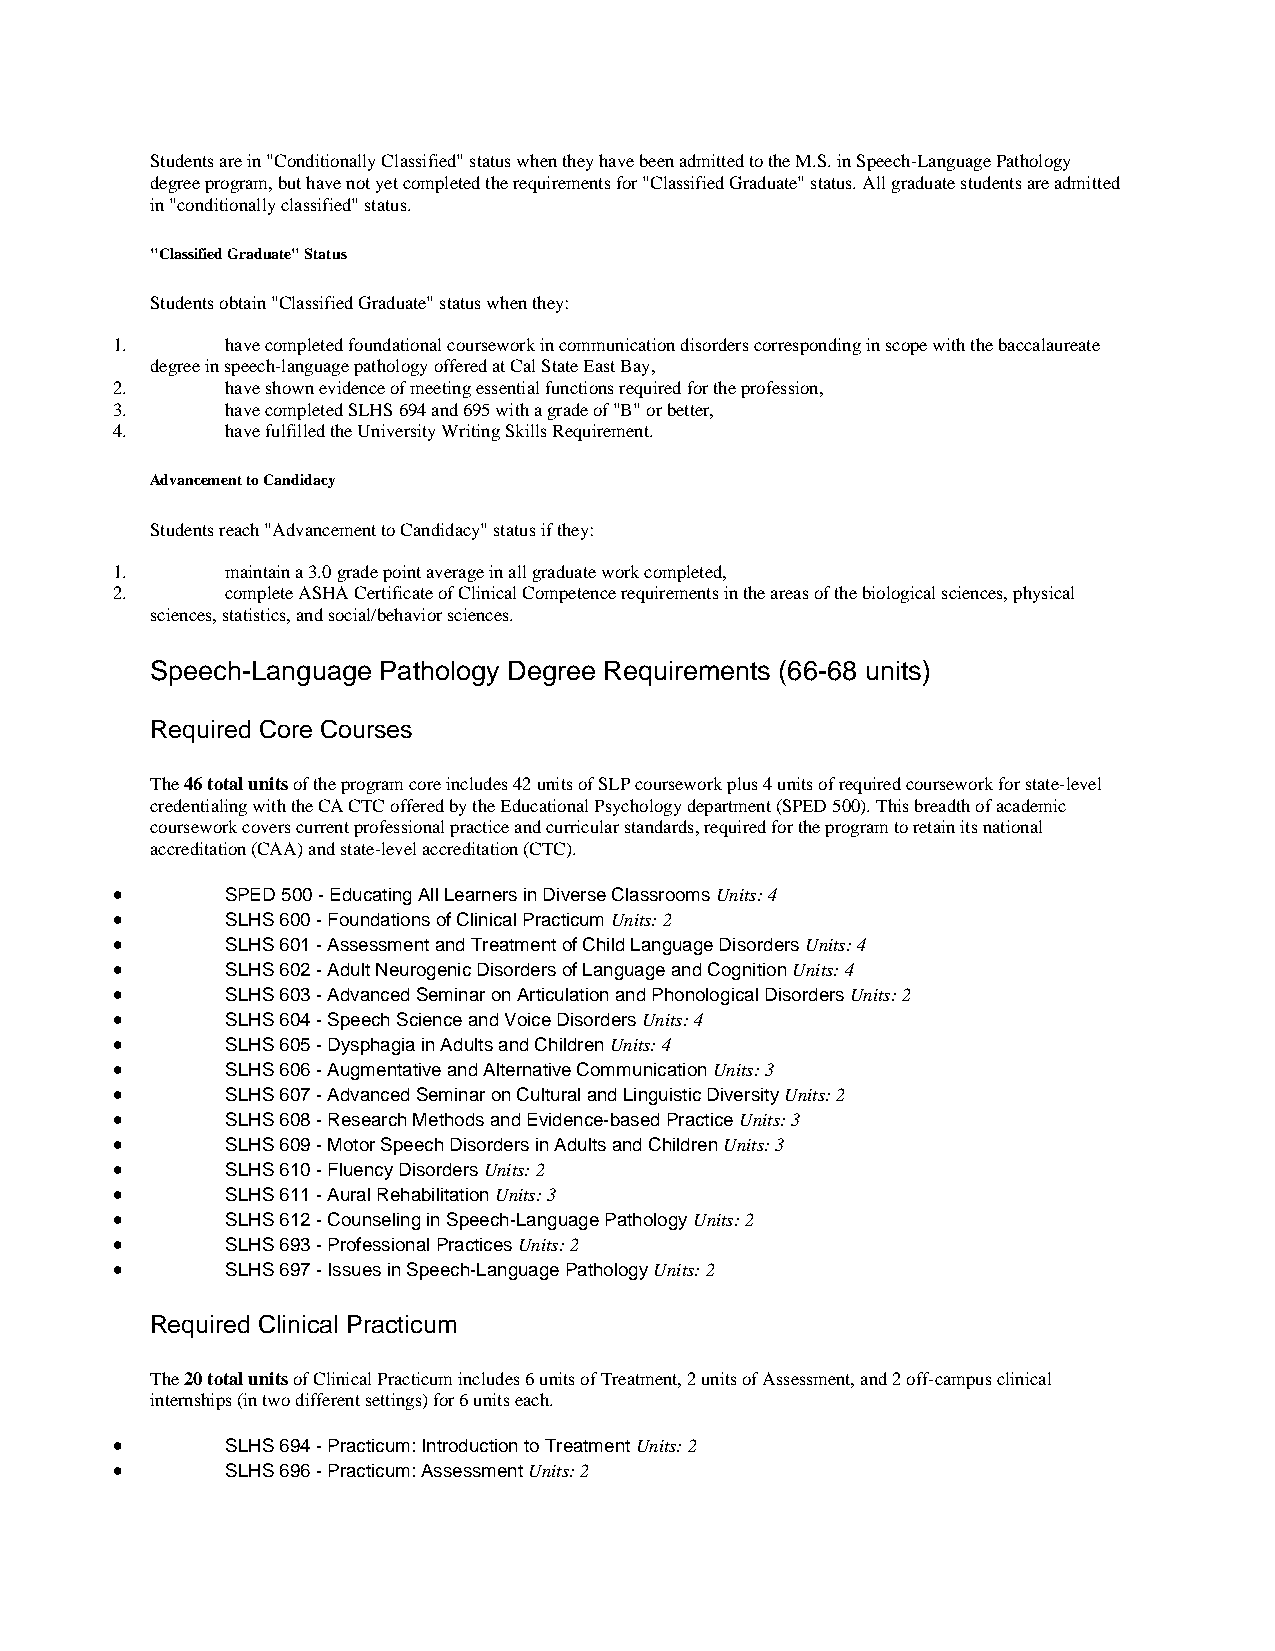
Students are in "Conditionally Classified" status when they have been admitted to the M.S. in Speech-Language Pathology
 degree program, but have not yet completed the requirements for "Classified Graduate" status. All graduate students are admitted
 in "conditionally classified" status.
 "Classified Graduate" Status
 Students obtain "Classified Graduate" status when they:
 1.      have completed foundational coursework in communication disorders corresponding in scope with the baccalaureate
 degree in speech-language pathology offered at Cal State East Bay,
 2.      have shown evidence of meeting essential functions required for the profession,
 3.      have completed SLHS 694 and 695 with a grade of "B" or better,
 4.      have fulfilled the University Writing Skills Requirement.
 Advancement to Candidacy
 Students reach "Advancement to Candidacy" status if they:
 1.      maintain a 3.0 grade point average in all graduate work completed,
 2.      complete ASHA Certificate of Clinical Competence requirements in the areas of the biological sciences, physical
 sciences, statistics, and social/behavior sciences.
 Speech-Language Pathology Degree Requirements (66-68 units)
 Required Core Courses
 The 46 total units of the program core includes 42 units of SLP coursework plus 4 units of required coursework for state-level
 credentialing with the CA CTC offered by the Educational Psychology department (SPED 500). This breadth of academic
 coursework covers current professional practice and curricular standards, required for the program to retain its national
 accreditation (CAA) and state-level accreditation (CTC).
 •       SPED 500 - Educating All Learners in Diverse Classrooms Units: 4
 •       SLHS 600 - Foundations of Clinical Practicum Units: 2
 •       SLHS 601 - Assessment and Treatment of Child Language Disorders Units: 4
 •       SLHS 602 - Adult Neurogenic Disorders of Language and Cognition Units: 4
 •       SLHS 603 - Advanced Seminar on Articulation and Phonological Disorders Units: 2
 •       SLHS 604 - Speech Science and Voice Disorders Units: 4
 •       SLHS 605 - Dysphagia in Adults and Children Units: 4
 •       SLHS 606 - Augmentative and Alternative Communication Units: 3
 •       SLHS 607 - Advanced Seminar on Cultural and Linguistic Diversity Units: 2
 •       SLHS 608 - Research Methods and Evidence-based Practice Units: 3
 •       SLHS 609 - Motor Speech Disorders in Adults and Children Units: 3
 •       SLHS 610 - Fluency Disorders Units: 2
 •       SLHS 611 - Aural Rehabilitation Units: 3
 •       SLHS 612 - Counseling in Speech-Language Pathology Units: 2
 •       SLHS 693 - Professional Practices Units: 2
 •       SLHS 697 - Issues in Speech-Language Pathology Units: 2
 Required Clinical Practicum
 The 20 total units of Clinical Practicum includes 6 units of Treatment, 2 units of Assessment, and 2 off-campus clinical
 internships (in two different settings) for 6 units each.
 •       SLHS 694 - Practicum: Introduction to Treatment Units: 2
 •       SLHS 696 - Practicum: Assessment Units: 2